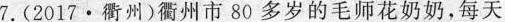
7.(2017·衢州)衢州市80多岁的毛师花奶奶，每天